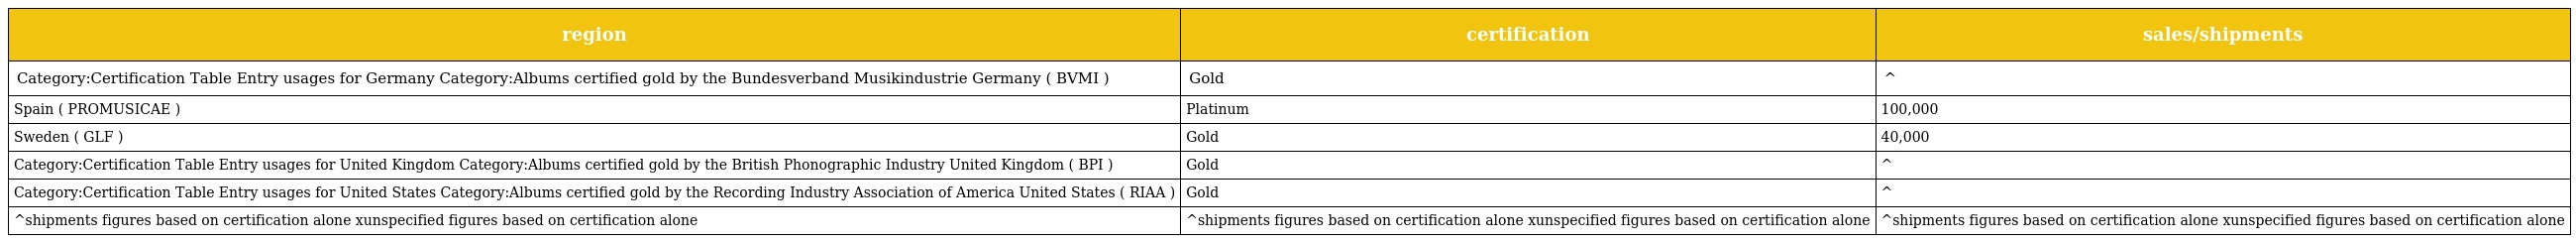
| region | certification | sales/shipments |
 | --- | --- | --- |
 | Category:Certification Table Entry usages for Germany Category:Albums certified gold by the Bundesverband Musikindustrie Germany ( BVMI ) | Gold | ^ |
 | Spain ( PROMUSICAE ) | Platinum | 100,000 |
 | Sweden ( GLF ) | Gold | 40,000 |
 | Category:Certification Table Entry usages for United Kingdom Category:Albums certified gold by the British Phonographic Industry United Kingdom ( BPI ) | Gold | ^ |
 | Category:Certification Table Entry usages for United States Category:Albums certified gold by the Recording Industry Association of America United States ( RIAA ) | Gold | ^ |
 | ^shipments figures based on certification alone xunspecified figures based on certification alone | ^shipments figures based on certification alone xunspecified figures based on certification alone | ^shipments figures based on certification alone xunspecified figures based on certification alone |